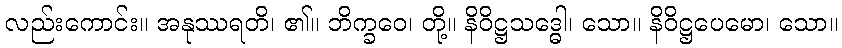
လည်းကောင်း။ အနုဿရတိ၊ ၏။ ဘိက္ခဝေ၊ တို့။ နိဝိဋ္ဌသဒ္ဓေါ၊ သော။ နိဝိဋ္ဌပေမော၊ သော။